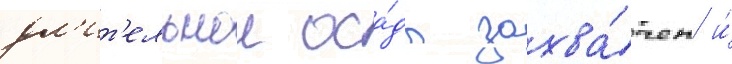
дл'ит'ельнои оса́ды захва́чен и́